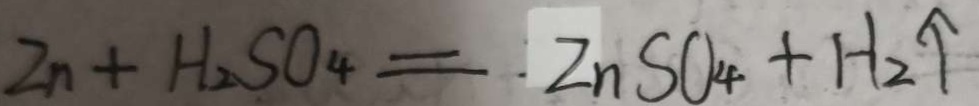
Z n + H _ { 2 } S O _ { 4 } = Z n S O _ { 4 } + H _ { 2 } \uparrow